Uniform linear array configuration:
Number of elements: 16
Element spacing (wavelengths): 0.5
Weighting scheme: hamming
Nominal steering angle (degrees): -15
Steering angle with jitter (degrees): -16.0
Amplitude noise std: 0.05
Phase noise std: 0.05

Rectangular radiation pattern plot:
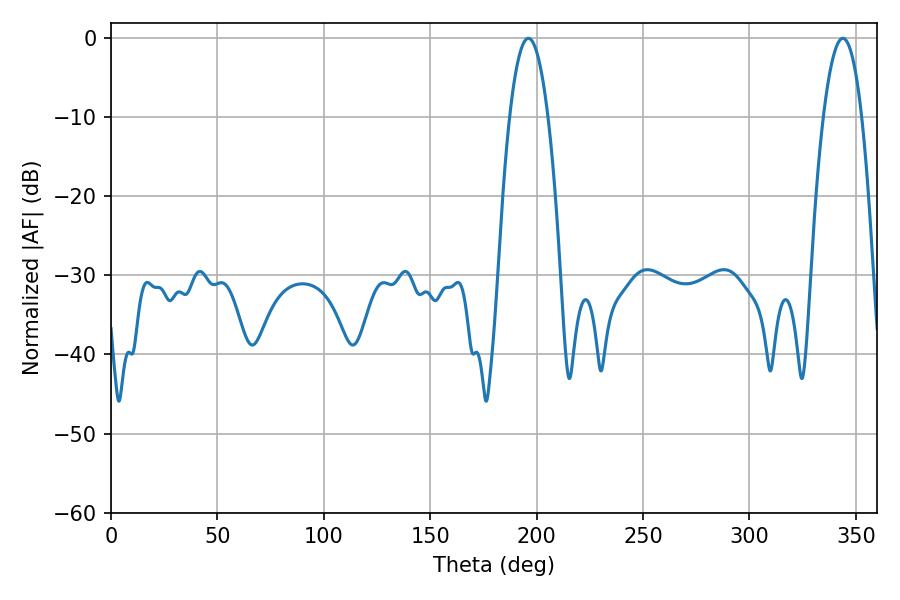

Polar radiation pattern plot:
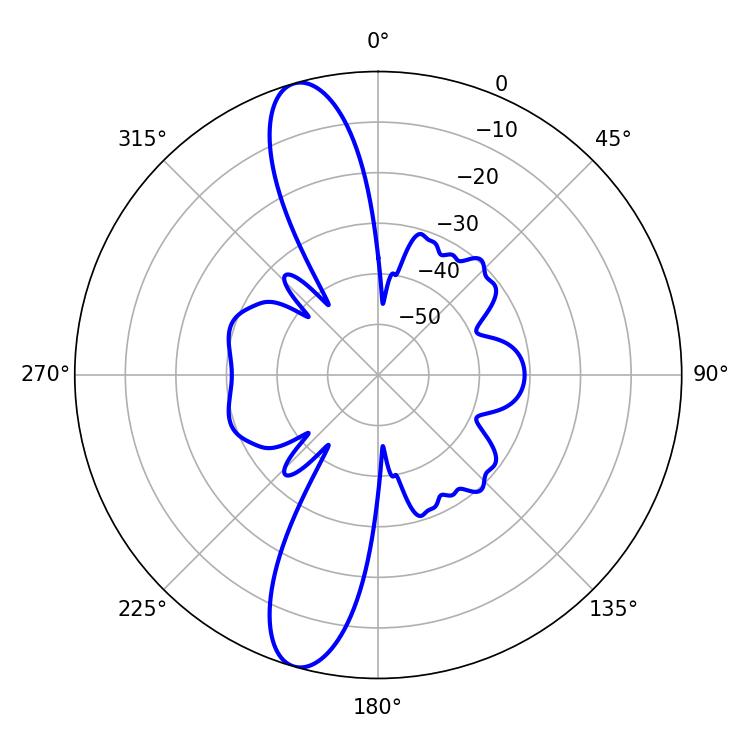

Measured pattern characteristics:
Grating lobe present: FALSE
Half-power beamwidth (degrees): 10.08
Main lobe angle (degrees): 196.2